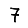
Digit: 7